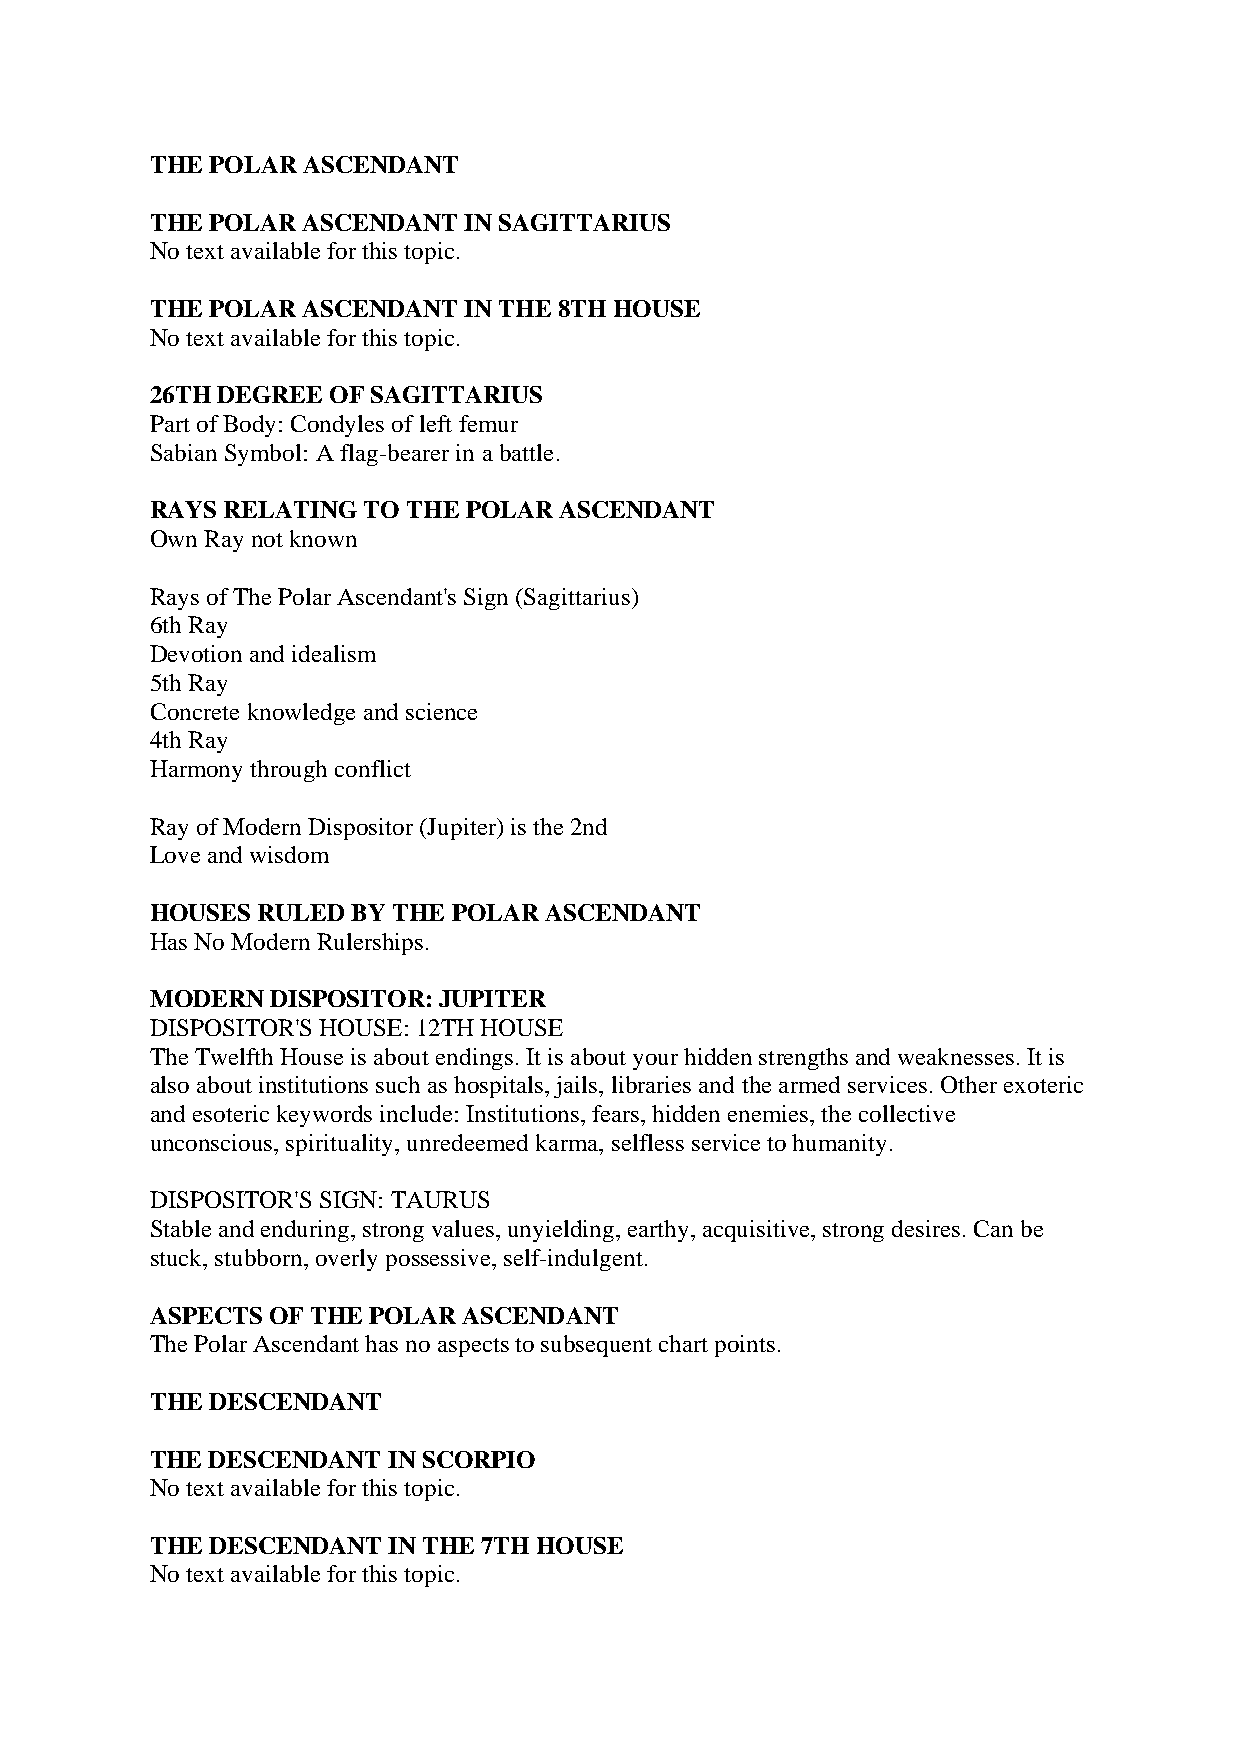
THE POLAR ASCENDANT
 THE POLAR ASCENDANT  IN SAGITTARIUS
 No text available for this topic.
 THE POLAR ASCENDANT  IN THE 8TH HOUSE
 No text available for this topic.
 26TH DEGREE OF SAGITTARIUS
 Part of Body: Condyles of left femur
 Sabian Symbol: A flag-bearer in a battle.
 RAYS RELATING TO THE POLAR ASCENDANT
 Own Ray not known
 Rays of The Polar Ascendant's Sign (Sagittarius)
 6th Ray
 Devotion and idealism
 5th Ray
 Concrete knowledge and science
 4th Ray
 Harmony through conflict
 Ray of Modern Dispositor (Jupiter) is the 2nd
 Love and wisdom
 HOUSES RULED BY THE POLAR ASCENDANT
 Has No Modern Rulerships.
 MODERN  DISPOSITOR: JUPITER
 DISPOSITOR'S HOUSE: 12TH HOUSE
 The Twelfth House is about endings. It is about your hidden strengths and weaknesses. It is
 also about institutions such as hospitals, jails, libraries and the armed services. Other exoteric
 and esoteric keywords include: Institutions, fears, hidden enemies, the collective
 unconscious, spirituality, unredeemed karma, selfless service to humanity.
 DISPOSITOR'S SIGN: TAURUS
 Stable and enduring, strong values, unyielding, earthy, acquisitive, strong desires. Can be
 stuck, stubborn, overly possessive, self-indulgent.
 ASPECTS OF THE POLAR ASCENDANT
 The Polar Ascendant has no aspects to subsequent chart points.
 THE DESCENDANT
 THE DESCENDANT  IN SCORPIO
 No text available for this topic.
 THE DESCENDANT  IN THE 7TH HOUSE
 No text available for this topic.